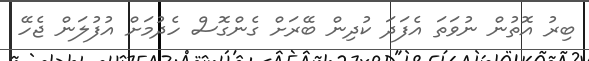
ބިރު އޮތުން ނުވަތަ އެފަދަ ކުދިން ބޭރަށް ގެންގޮސް ހެދުމަށް އުފުލަން ޖެހޭ